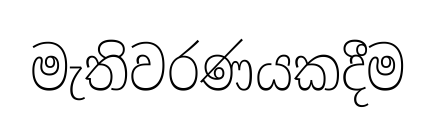
මැතිවරණයකදීම